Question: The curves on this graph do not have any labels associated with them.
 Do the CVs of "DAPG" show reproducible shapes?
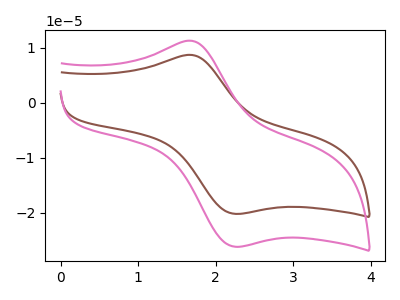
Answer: <think>The brown curve "brown" has an anodic peak at (1.70V, 8.65uA) and a cathodic peak at (2.25V, -20.20uA). The pink curve "pink" has an anodic peak at (1.70V, 11.20uA) and a cathodic peak at (2.25V, -26.15uA).
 All the peaks in "brown" have a peak in "pink" at the same potential. Every peak in "brown" is lower than every peak in "pink".</think>
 <answer>All the CV's of "DAPG" have similar shape.</answer>
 <eval>follow_rule</eval>